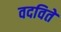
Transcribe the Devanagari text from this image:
वदविते